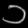
Digit: ၁